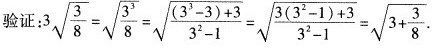
验证:$$3 \sqrt { \frac { 3 } { 8 } } = \sqrt { \frac { 3 ^ { 3 } } { 8 } } = \sqrt { \frac { ( 3 ^ { 3 } - 3 ) + 3 } { 3 ^ { 2 } - 1 } } = \sqrt { \frac { 3 ( 3 ^ { 2 } - 1 ) + 3 } { 3 ^ { 2 } - 1 } } = \sqrt { 3 + \frac { 3 } { 8 } }$$.